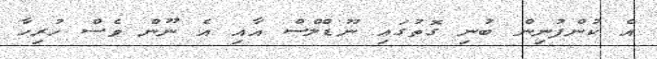
އެ ކުންފުނިން ބުނި ގޮތުގައި ނޫޑްލްސް އާއި އެ ނޫން ވެސް ހުރިހާ